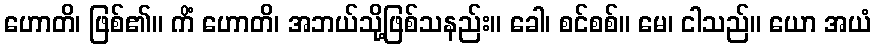
ဟောတိ၊ ဖြစ်၏။ ကိံ ဟောတိ၊ အဘယ်သို့ဖြစ်သနည်း။ ခေါ၊ စင်စစ်။ မေ၊ ငါသည်။ ယော အယံ